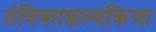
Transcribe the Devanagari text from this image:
तंत्रिकाशल्यक्रिया